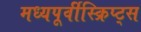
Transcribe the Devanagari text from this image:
मध्यपूर्वीस्क्रिप्ट्स